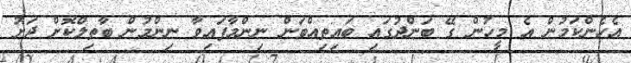
އެހެންކަމުން އެ މީހުން ގޭ ބަންދުގައި ބައިތިއްބަން ނިންމާފައިވާ ނިންމުން ބާތިލްކޮށް ދަށު